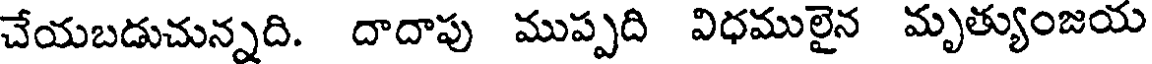
చేయబడుచున్నది. దాదాపు ముప్పది విధములైన మృత్యుంజయ